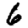
Digit: 6